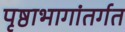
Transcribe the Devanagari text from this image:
पृष्ठाभागांतर्गत